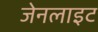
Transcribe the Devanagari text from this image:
जेनलाइट